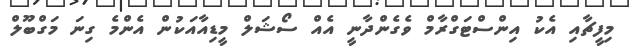
މިފީޗާއި އެކު އިންސްޓަގްރާމް ވެގެންދާނީ އެއް ސޯޝަލް މީޑިއާއަކުން އެންމެ ގިނަ މަގްބޫލް